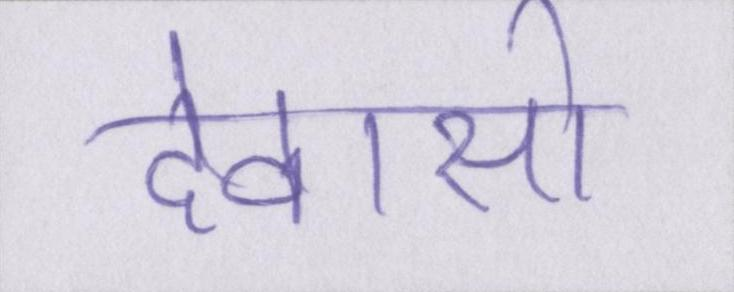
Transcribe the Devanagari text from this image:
देवासो